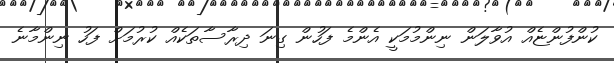
ކުންފުންޏެއް އުވާލަން ނިންމުމަކީ އެންމެ ފަހުން ގިނަ ދިރާސާތަކެއް ކުރުމަށް ފަހު ނިންމާނެ